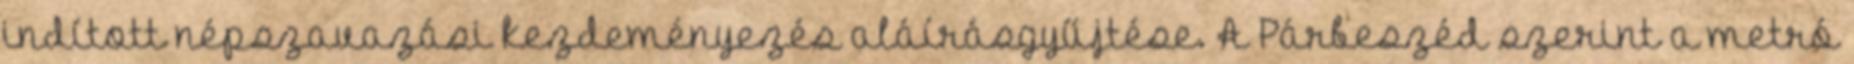
indított népszavazási kezdeményezés aláírásgyűjtése. A Párbeszéd szerint a metró